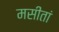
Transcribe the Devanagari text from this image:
मसीतां